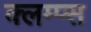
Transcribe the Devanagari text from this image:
क्लम्प्स